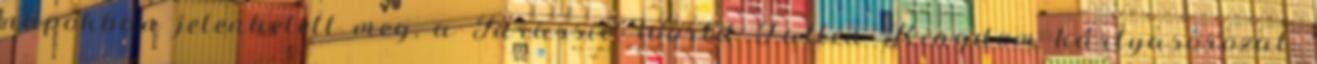
napokban jelenhetett meg, a Jurassic World Fallen Kingdom kártyasorozat.